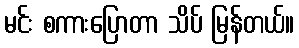
မင်း စကားပြောတာ သိပ် မြန်တယ်။